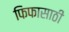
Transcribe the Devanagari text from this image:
फिफासाठी